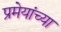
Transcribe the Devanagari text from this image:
प्रमेयांच्या